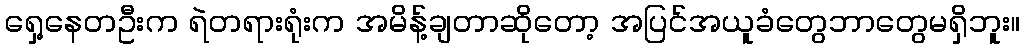
ရှေ့နေတဦးက ရဲတရားရုံးက အမိန့်ချတာဆိုတော့ အပြင်အယူခံတွေဘာတွေမရှိဘူး။